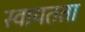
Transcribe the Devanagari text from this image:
स्‍वायतता